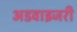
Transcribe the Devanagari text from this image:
अडवाइजरी